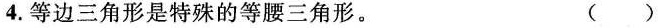
4.等边三角形是特殊的等腰三角形。 ()。